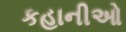
કહાનીઓ